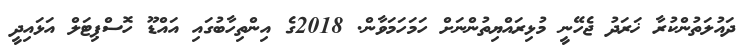
ދައުލަތުންކުރާ ޚަރަދު ޖެހޭނީ މުޅިރައްޔިތުންނަށް ހަމަހަމަވާން. 2018ގެ އިންތިހާބުގައި އައްޑޫ ހޮސްޕިޓަލް އަޅައިދީ